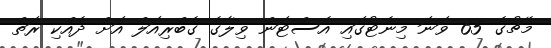
މެޗުގެ 65 ވަނަ މިނެޓުގައި އެސްޓަން ވިލާގެ ގެބްރިއަލް އަށް ދެއްކި ރަތް